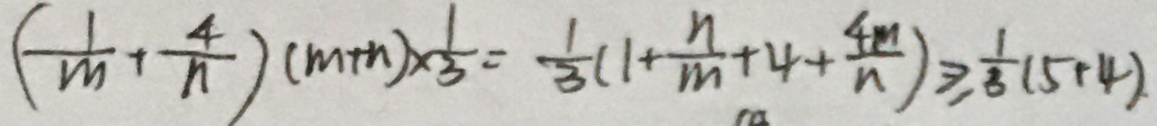
( \frac { 1 } { m } + \frac { 4 } { n } ) ( m + n ) \times \frac { 1 } { 3 } = \frac { 1 } { 3 } ( 1 + \frac { n } { m } + 4 + \frac { 4 m } { n } ) \geq \frac { 1 } { 3 } ( 5 + 4 )